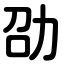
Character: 劭